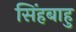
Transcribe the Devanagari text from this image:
सिंहबाहु